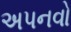
અપનવો